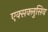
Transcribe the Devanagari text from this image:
एक्सक्लुसिव